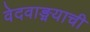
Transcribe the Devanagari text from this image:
वेदवाङ्मयाची